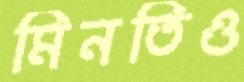
মিনতিও